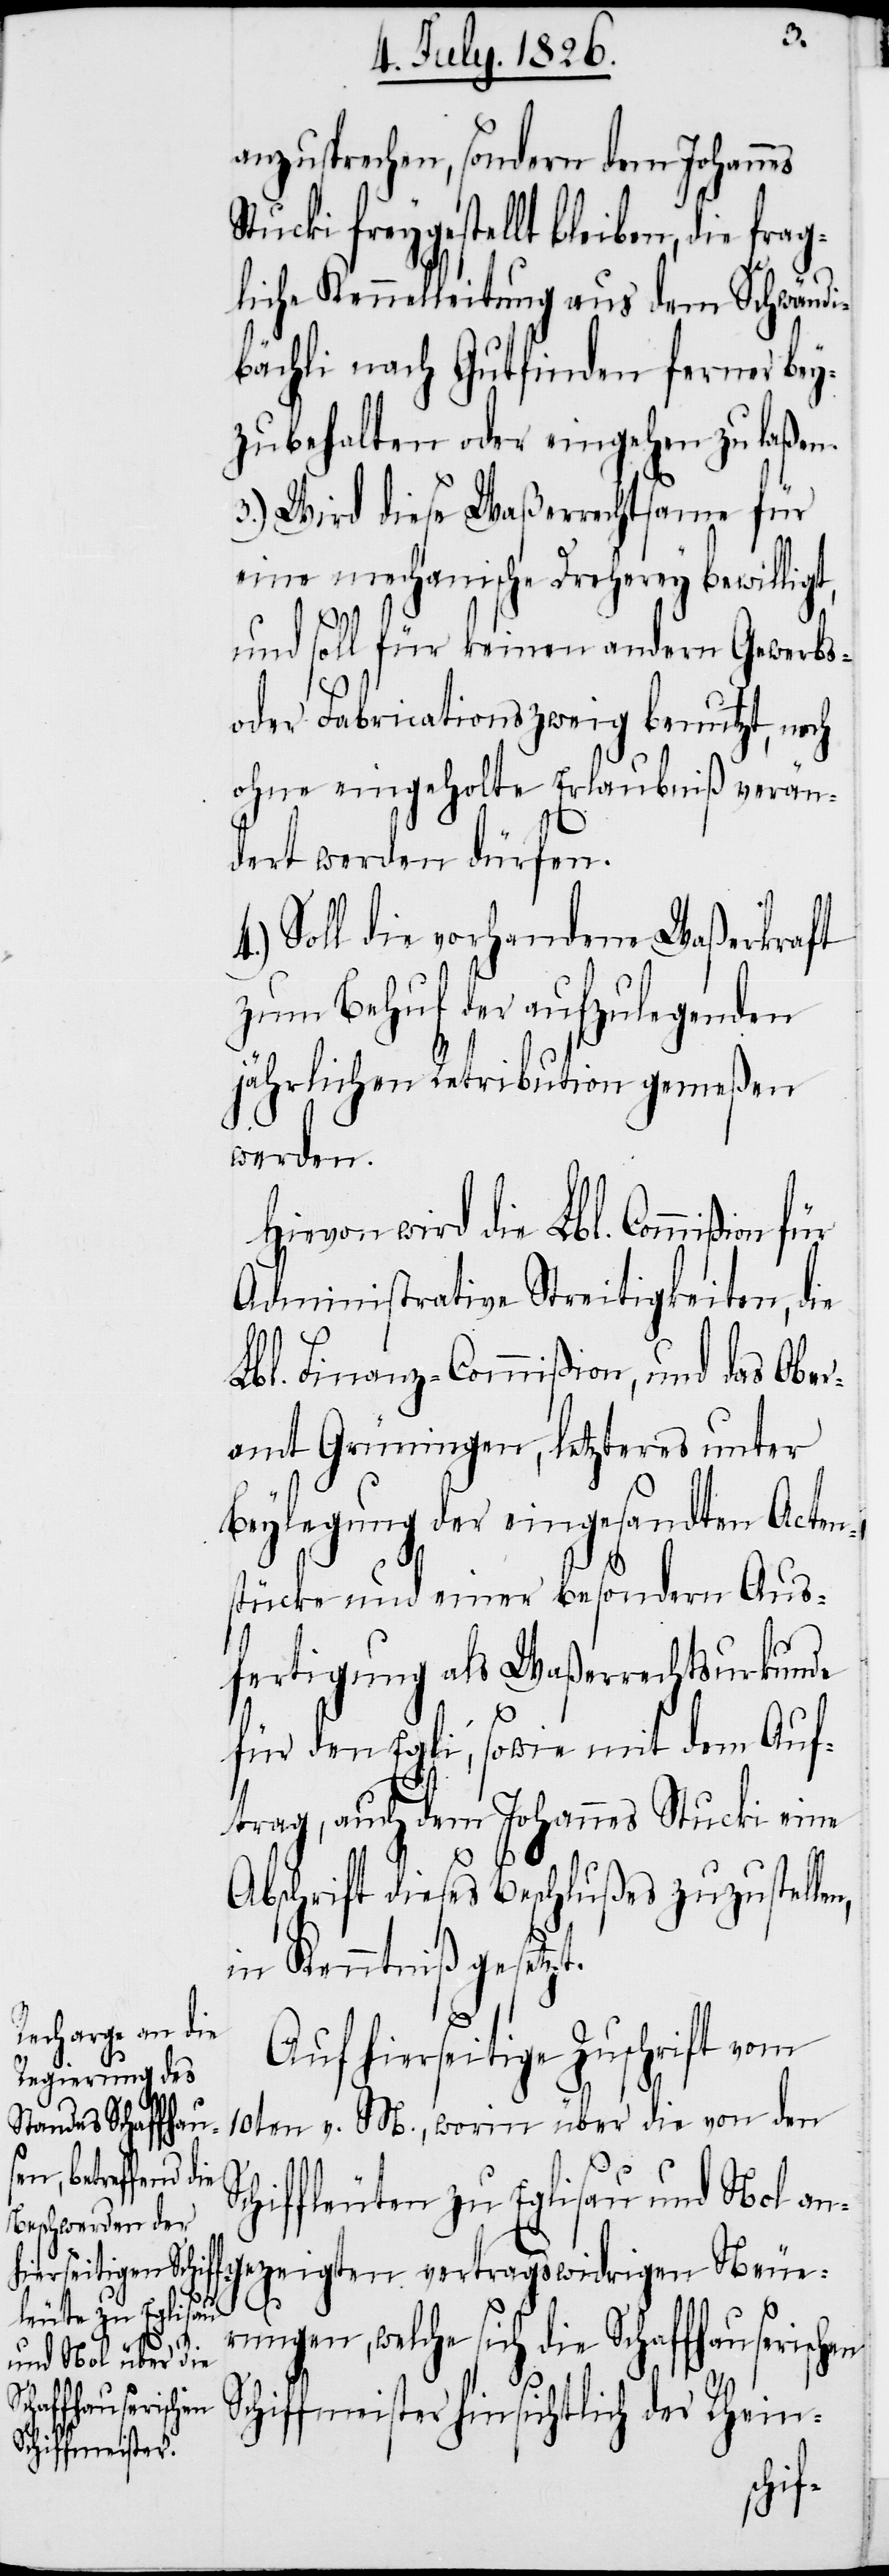
S¬
sich die S¬
chaffhauserischen

anzusprechen, sondern dem Johannes
Stucki freygestellt bleiben,
liche Kennelleitung aus dem Schwändi¬
bächli nach Gutfinden ferner bey¬
zubehalten oder eingehen zu laßen.
3.) Wird diese Waßerrechtsame für
eine mechanische Dreherey bewilligt,
und soll für keinen andern Gewerbs-
oder Fabricationszweig benutzt, noch
ohne eingeholte Erlaubniß verän¬
dert werden dürfen.
Soll die vorhandene Waßerkraft
zum Behuf der aufzulegenden
jährlichen Retribution gemeßen
werden.
Hievon wird die Lbl. Commißion
Administrative Streitigkeiten, die
Lbl. Finanz-Commißion, und das Ober¬
amt Grüningen, letzteres unter
Beylegung der eingesandten Acten¬
stücke und einer besondern Aus¬
fertigung als Waßerrechtsurkunde
für den Egli, sowie mit dem Auf¬
trag, auch dem Johannes Stucki eine
Abschrift dieses Beschlußes zuzustelle¬
in Kenntniß gesetzt.
Auf hierseitige Zuschrift vom
10ten v. M., worin über die von den
chiffleuten zu Eglisau und Nol an¬
gezeigten vertragswidrigen Neue¬
Schiffmeister hinsichtlich der Rhein-